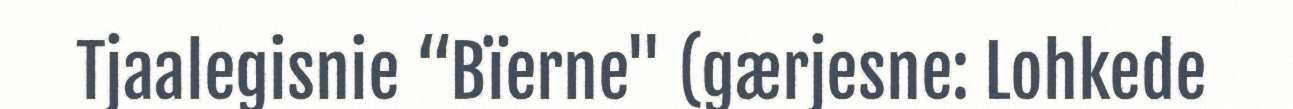
Tjaalegisnie “Bïerne" (gærjesne: Lohkede